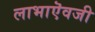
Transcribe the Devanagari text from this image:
लाभाऎवजी